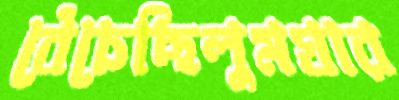
বেঁচেছিলুমঘার